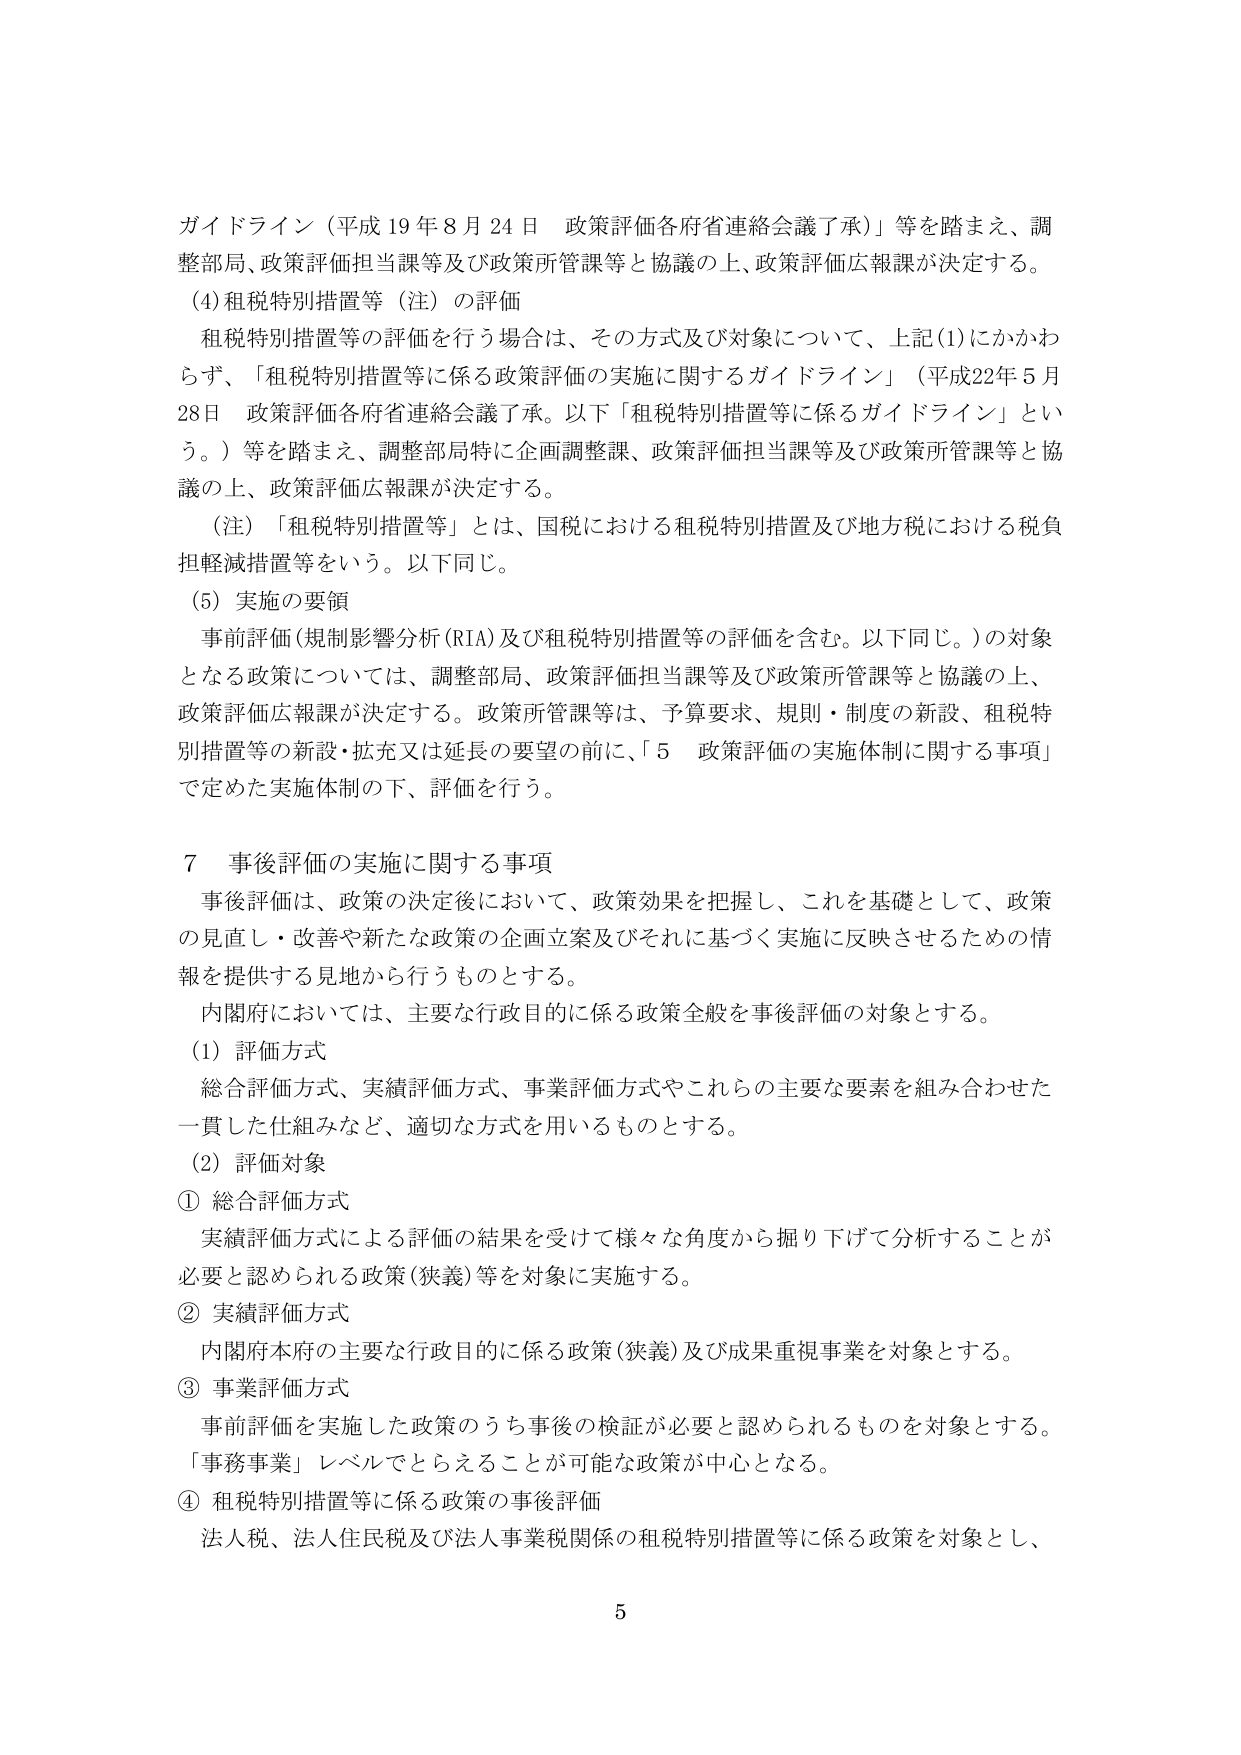
ガイドライン（平成19年8月24日 政策評価各府省連絡会議了承）」等を踏まえ、調整部局、政策評価担当課等及び政策所管課等と協議の上、政策評価広報課が決定する。

(4) 租税特別措置等（注）の評価
租税特別措置等の評価を行う場合は、その方式及び対象について、上記(1)にかかわらず、「租税特別措置等に係る政策評価の実施に関するガイドライン」（平成22年5月28日 政策評価各府省連絡会議了承。以下「租税特別措置等に係るガイドライン」という。）等を踏まえ、調整部局特に企画調整課、政策評価担当課等及び政策所管課等と協議の上、政策評価広報課が決定する。

（注）「租税特別措置等」とは、国税における租税特別措置及び地方税における税負担軽減措置等をいう。以下同じ。

(5) 実施の要領
事前評価（規制影響分析（RIA）及び租税特別措置等の評価を含む。以下同じ。）の対象となる政策については、調整部局、政策評価担当課等及び政策所管課等と協議の上、政策評価広報課が決定する。政策所管課等は、予算要求、規則・制度の新設、租税特別措置等の新設・拡充又は延長の要望の前に、「5 政策評価の実施体制に関する事項」で定めた実施体制の下、評価を行う。

7 事後評価の実施に関する事項
事後評価は、政策の決定後において、政策効果を把握し、これを基礎として、政策の見直し・改善や新たな政策の企画立案及びそれに基づく実施に反映させるための情報を提供する見地から行うものとする。
内閣府においては、主要な行政目的に係る政策全般を事後評価の対象とする。

(1) 評価方式
総合評価方式、実績評価方式、事業評価方式やこれらの主要な要素を組み合わせた一貫した仕組みなど、適切な方式を用いるものとする。

(2) 評価対象
① 総合評価方式
実績評価方式による評価の結果を受けて様々な角度から掘り下げて分析することが必要と認められる政策（狭義）等を対象に実施する。
② 実績評価方式
内閣府本府の主要な行政目的に係る政策（狭義）及び成果重視事業を対象とする。
③ 事業評価方式
事前評価を実施した政策のうち事後の検証が必要と認められるものを対象とする。「事務事業」レベルでとらえることが可能な政策が中心となる。
④ 租税特別措置等に係る政策の事後評価
法人税、法人住民税及び法人事業税関係の租税特別措置等に係る政策を対象とし、

5